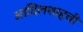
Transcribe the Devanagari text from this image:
आदिलशाहची